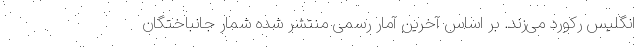
انگلیس رکورد می‌زند. بر اساس آخرین آمار رسمی منتشر شده شمار جانباختگان